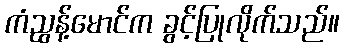
ကံညွန့်မောင်က ခွင့်ပြုလိုက်သည်။